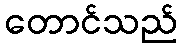
တောင်သည်